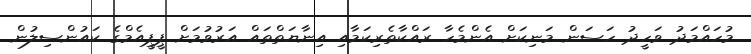
މުހައްމަދު ވަހީދު ހަސަން މަނިކަށް އެންމެހާ ރައްކާތެރިކަމާއި އިނާޔަތްތައް އަރުވުމަށް ޕީޕީއެމްގެ ކައުންސިލުން